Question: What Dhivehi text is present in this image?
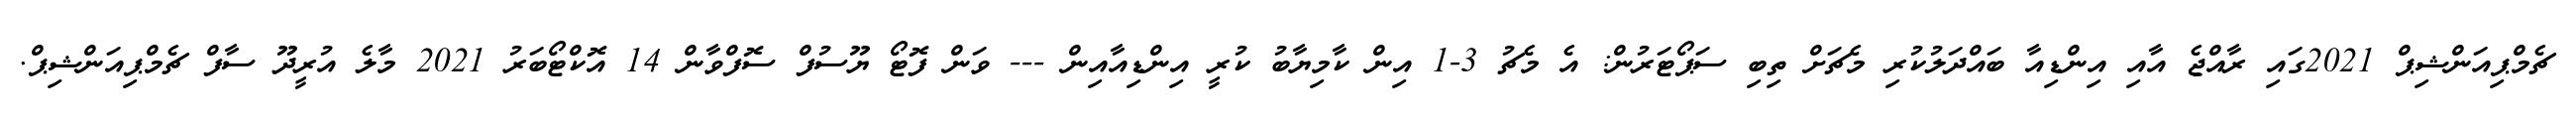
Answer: ޗެމްޕިއަންޝިޕް 2021ގައި ރާއްޖެ އާއި އިންޑިއާ ބައްދަލުކުރި މެޗަށް ތިބި ސަޕޯޓަރުން: އެ މެޗު 3-1 އިން ކާމިޔާބު ކުރީ އިންޑިއާއިން --- ވަން ފޮޓޯ ޔޫސުފް ސޮފްވާން 14 އޮކްޓޯބަރު 2021 މާލެ އުރީދޫ ސާފް ޗެމްޕިއަންޝިޕް.